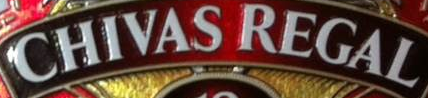
CHIVAS REGAL